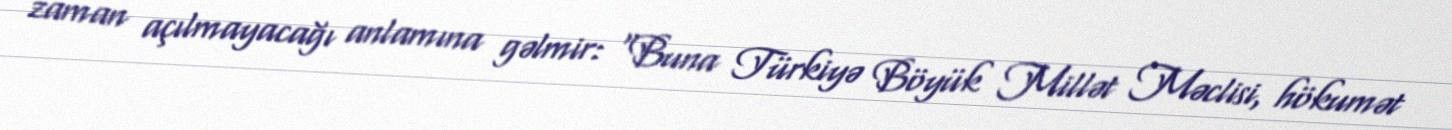
zaman açılmayacağı anlamına gəlmir: “Buna Türkiyə Böyük Millət Məclisi, hökumət